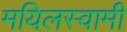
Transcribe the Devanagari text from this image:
मयिलस्वामी